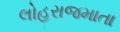
લોહરાજમાતા